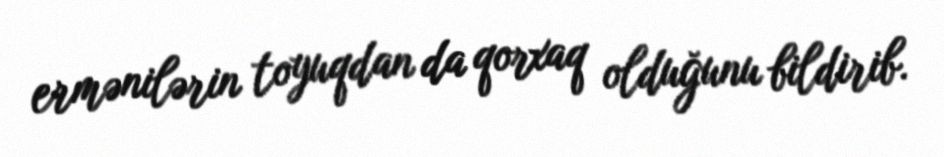
ermənilərin toyuqdan da qorxaq olduğunu bildirib.